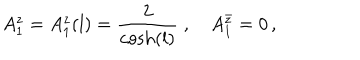
LaTeX: A _ { 1 } ^ { z } = A _ { 1 } ^ { z } ( l ) = \frac { 2 } { \cosh ( l ) } \; , \quad A _ { 1 } ^ { \bar { z } } = 0 \, ,